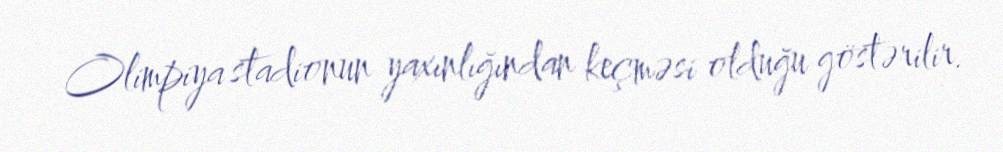
Olimpiya stadionun yaxınlığından keçməsi olduğu göstərilir.